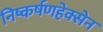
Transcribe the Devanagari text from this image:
निष्कर्षणहेक्सेन